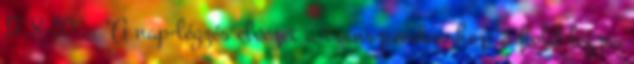
17,8-10. . "A nap-légzés elvezet a transzcendenshez; a hold-légzés